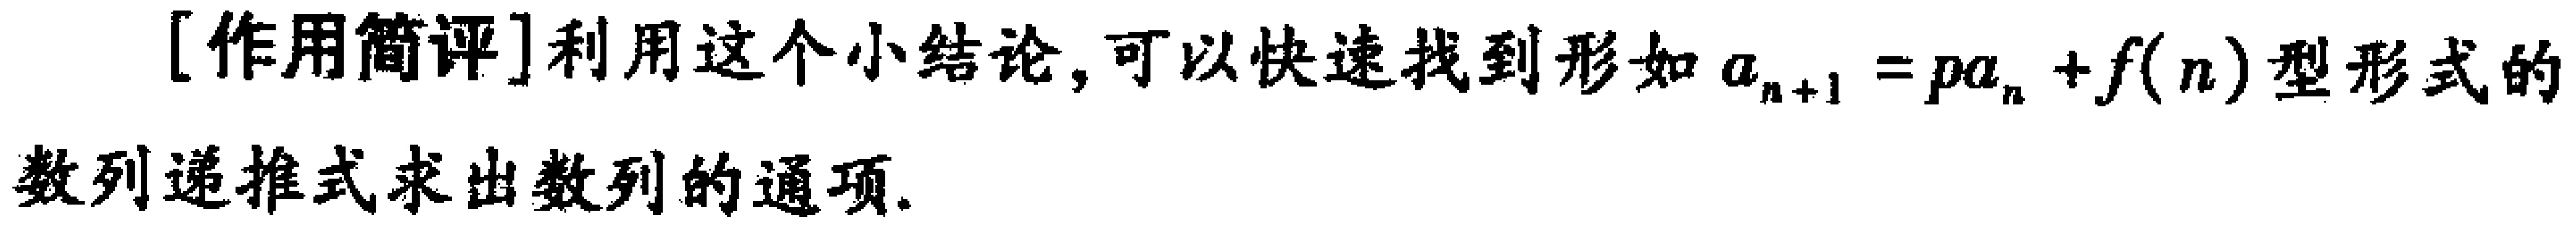
[作用简评]利用这个小结论,可以快速找到形如\(a_{n + 1} = pa_{n} + f(n)\)型形式的数列递推式求出数列的通项.